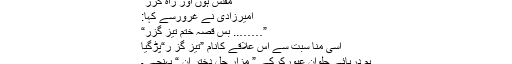
”مفلس ہوں اور راہ گزر“
امیرزادی نے غرورسے کہا:
”…….. بس قصہ ختم تیز گزر“
اسی منا سبت سے اس علاقے کانام ”تیز گز ر“پڑگیا
ہم دریائے جلوان عبورکرکے ” مزارِ چل دختر ان “ پہنچے ۔